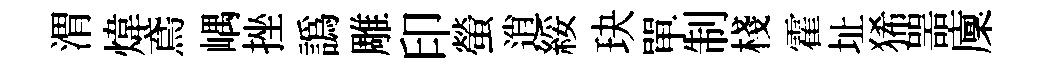
渭煒鳶嵎挫譌雕印螢逍綏玦單制棧霍址狶噐廩